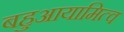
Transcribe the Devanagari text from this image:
बहुआयामित्व